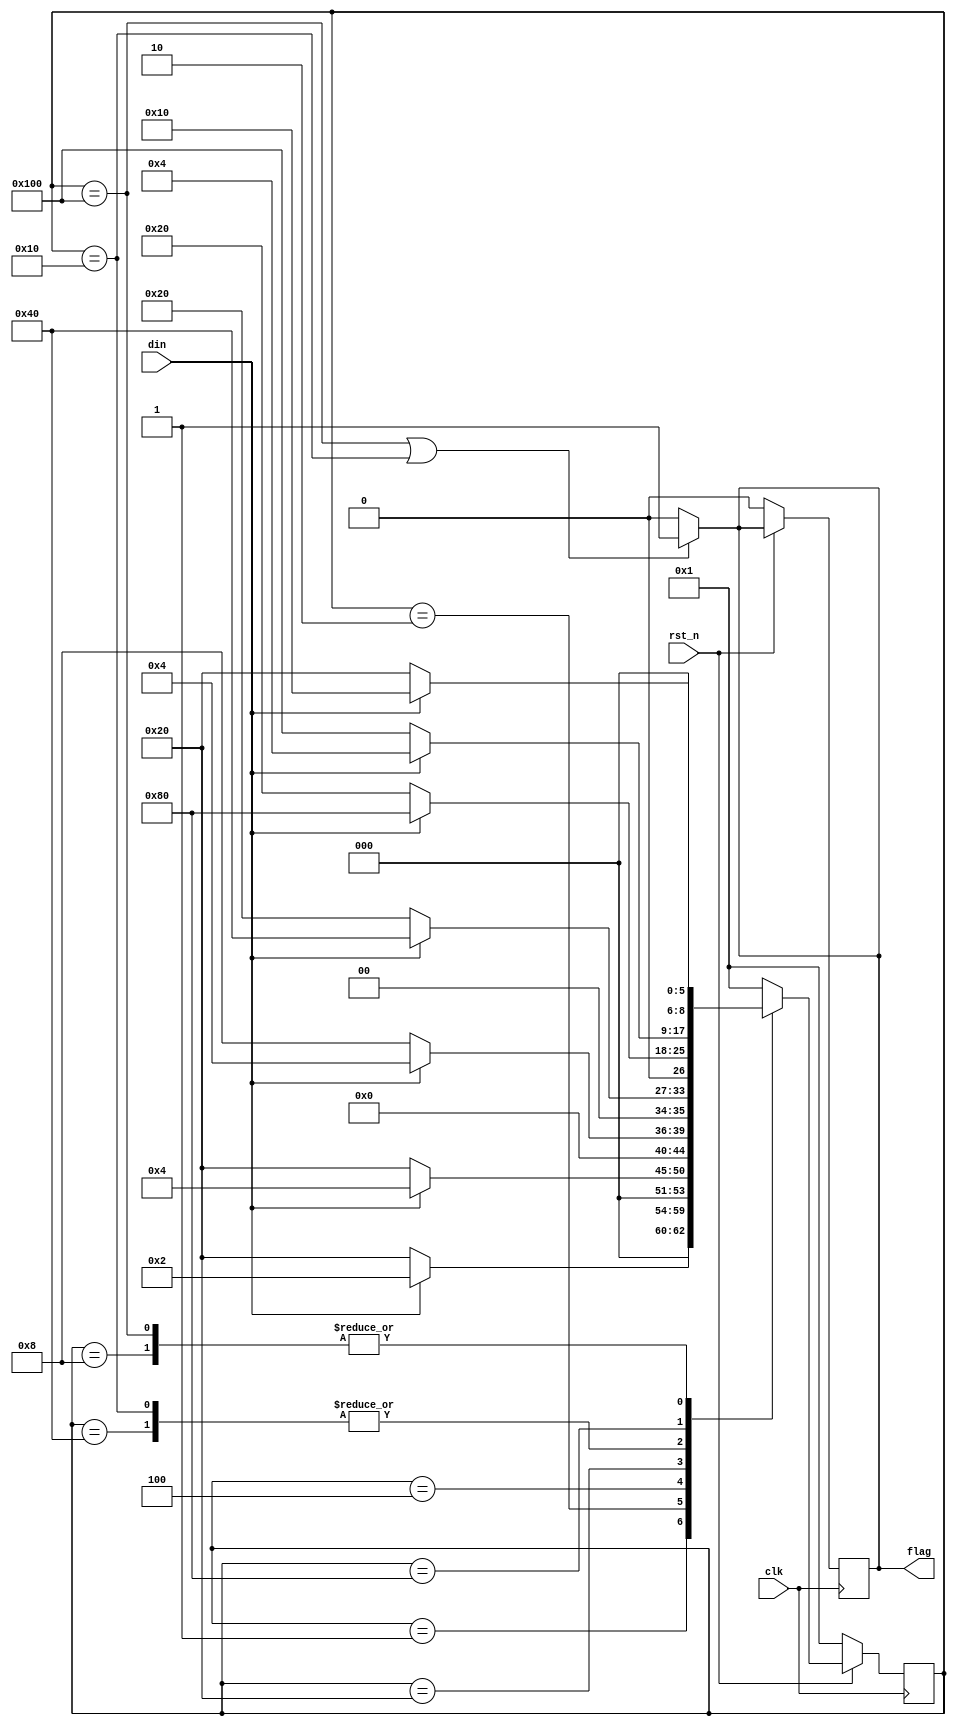
/*module seq_detect(output reg flag, input din, clk, rst_n);
    reg [8:0] state;
    parameter   IDLE = 9'b0_0000_0001, 
                A0 = 9'b0_0000_0010, A1 = 9'b0_0000_0100,
                A2 = 9'b0_0000_1000, A3 = 9'b0_0001_0000,
                B0 = 9'b0_0010_0000, B1 = 9'b0_0100_0000,
                B2 = 9'b0_1000_0000, B3 = 9'b1_0000_0000;
    always @(negedge clk) begin
        if (!rst_n ) begin state <= IDLE;   flag <= 1'b0; end
        else begin
            case(state)
                IDLE:   if(din) begin state <= A0;  flag <= 1'b0;   end
                        else    begin state <= B0;  flag <= 1'b0;   end
                  A0:   if(din) begin state <= A1;  flag <= 1'b0;   end
                        else    begin state <= B0;  flag <= 1'b0;   end
                  A1:   if(din) begin state <= A1;  flag <= 1'b0;   end
                        else    begin state <= A2;  flag <= 1'b0;   end
                  A2:   if(din) begin state <= A3;  flag <= 1'b1;   end
                        else    begin state <= B0;  flag <= 1'b0;   end
                  A3:   if(din) begin state <= B2;  flag <= 1'b0;   end
                        else    begin state <= B0;  flag <= 1'b0;   end
                  B0:   if(din) begin state <= B1;  flag <= 1'b0;   end
                        else    begin state <= B0;  flag <= 1'b0;   end
                  B1:   if(din) begin state <= B2;  flag <= 1'b0;   end
                        else    begin state <= B0;  flag <= 1'b0;   end
                  B2:   if(din) begin state <= A1;  flag <= 1'b0;   end
                        else    begin state <= B3;  flag <= 1'b1;   end
                  B3:   if(din) begin state <= A3;  flag <= 1'b1;   end
                        else    begin state <= B0;  flag <= 1'b0;   end
                default:        begin state <= IDLE;flag <= 1'b0;   end
            endcase
        end
    end
endmodule
*/
module seq_detect(output reg flag, input din, clk, rst_n);
    reg [8:0] state;
    parameter   IDLE = 9'b0_0000_0001, 
                A0 = 9'b0_0000_0010, A1 = 9'b0_0000_0100,
                A2 = 9'b0_0000_1000, A3 = 9'b0_0001_0000,
                B0 = 9'b0_0010_0000, B1 = 9'b0_0100_0000,
                B2 = 9'b0_1000_0000, B3 = 9'b1_0000_0000;
    always @(negedge clk) begin
        if (!rst_n ) begin state <= IDLE;   flag <= 1'b0; end
        else begin
            case(state)
              IDLE:   state <= (din)? A0: B0;
              A0:       state <= (din)? A1: B0;
              A1:   	state <= (din)? A1: A2;
              A2:   	state <= (din)? A3: B0;
              A3:   	state <= (din)? B2: B0;
              B0:   	state <= (din)? B1: B0;
              B1:   	state <= (din)? B2: B0;
              B2:   	state <= (din)? A1: B3;
              B3:   	state <= (din)? A3: B0;
            default:	state <= IDLE;
            endcase
                    end
    end
    always @(*) begin
	if(state == B3 || state == A3)
            	flag <= 1'b1;
        else flag <= 1'b0;
	end

endmodule